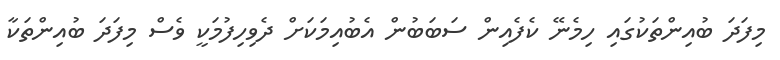
މިފަދަ ބުއިންތަކުގައި ހިމެނޭ ކެފެއިން ސަބަބުން އެބުއިމަކަށް ދެވިހިފުމަކީ ވެސް މިފަދަ ބުއިންތަކާ